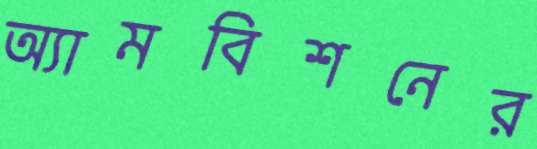
অ্যামবিশনের